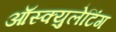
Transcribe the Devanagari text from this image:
ऑस्क्युलेटिंग